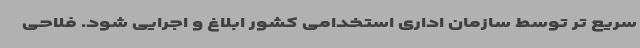
سریع تر توسط سازمان اداری استخدامی کشور ابلاغ و اجرایی شود. فلاحی